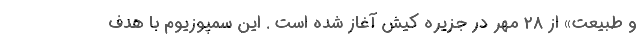
و طبیعت» از ۲۸ مهر در جزیره کیش آغاز شده است . این سمپوزیوم با هدف